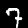
Label: 7